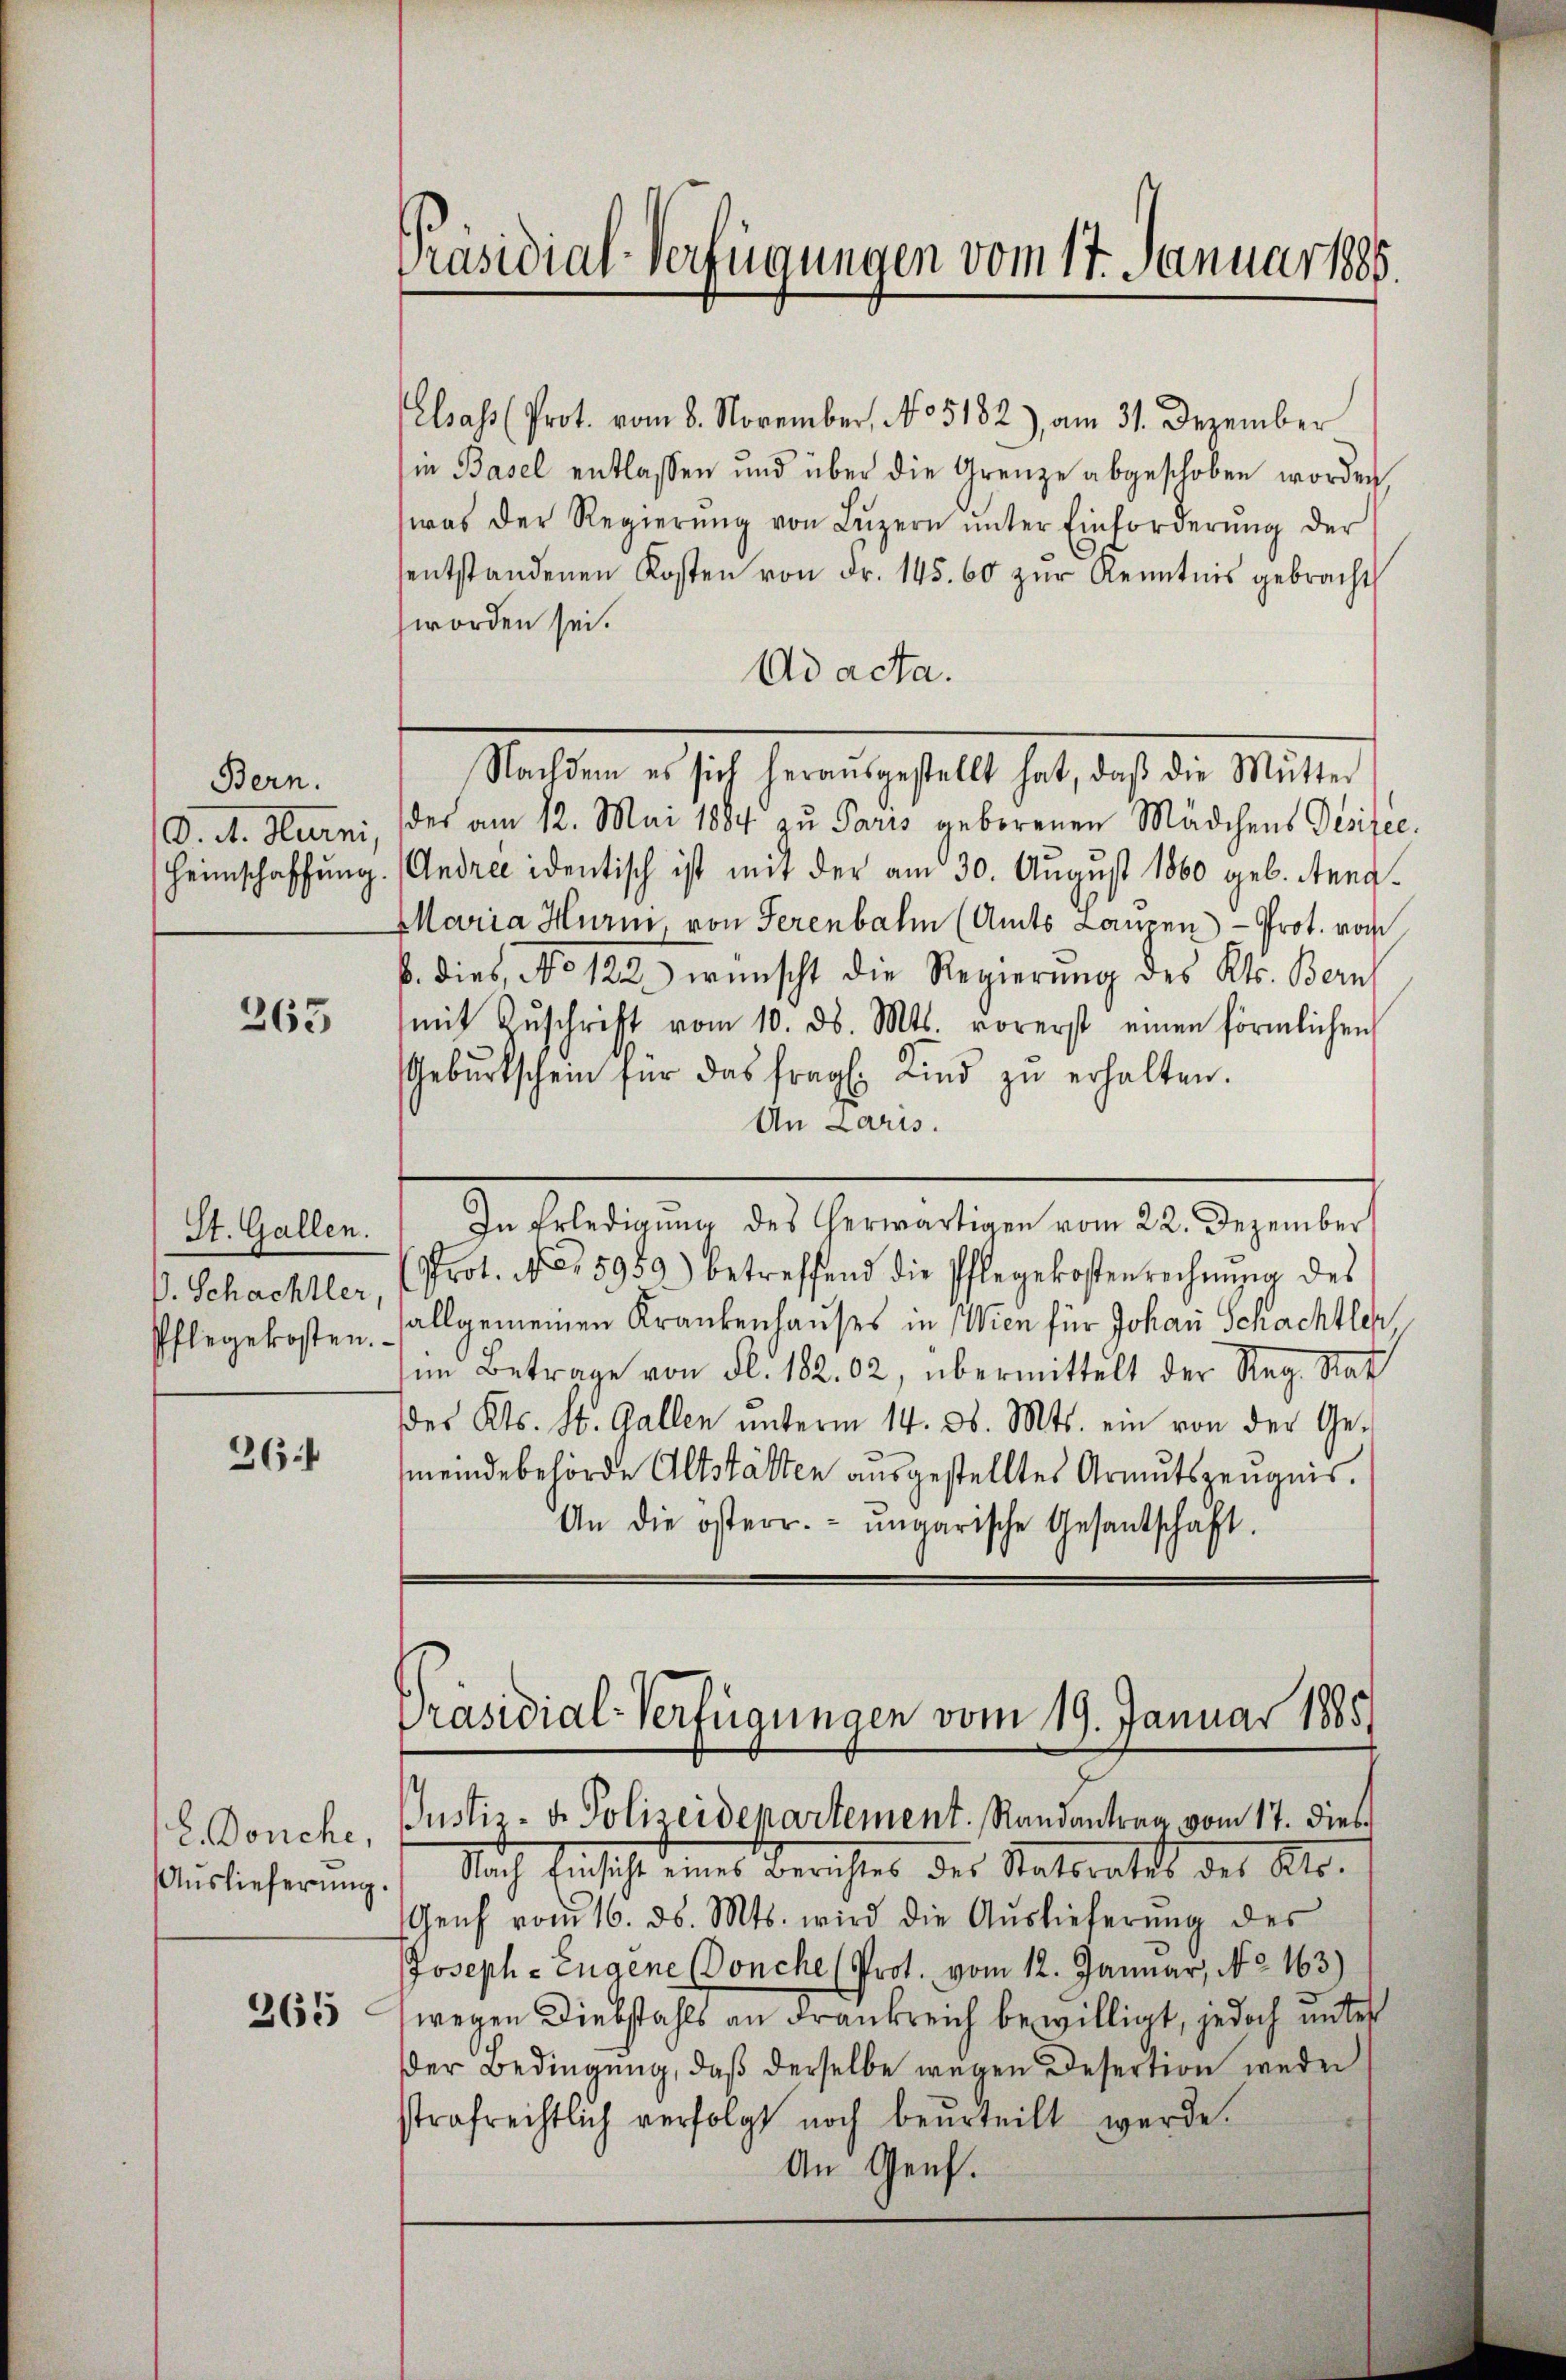
Bern.
Heimschaffung.

265

St. Gallen.
P. Schachtler,
Pflegekosten.

26

E. Donche,
Auslieferŭng.

265

Präsidial-Verfügungen vom 17. Januar 1885.

Elsass (Prot. vom 8. November, No 5182), am 31. Dezember
ie Basel entlassen und über die Grenze abgeschoben worden
was der Regierŭng von Lŭzern ŭnter Einforderŭng der
sentstandenen Kosten von dr. 145. 60 zŭr Kenntnis gebracht
worden sei.
Ad acta.
Nachdem es sich herausgestellt hat, daβ die Mutter
O. A. Hurni, des am 12. Mai 1884 zu Paris geborenen Mädchens Desidee.
Andree identisch ist mit der am 30. August 1860 geb. Anng¬
Maria Hurin, von Serenbahn (Amts Lanzen - Prot. vom
b. dies, No 122.) wünscht die Regierung des Kts. Bern
mit Zŭschrift vom 10. d. Mts. vorerst einen förmlichen
Gebŭrtschein für das fragl. Kind zŭ erhalten.
An Laris.
In Erledigŭng des herwärtigen vom 22. Dezember
Prot. No. 5959.) betreffend die Pflegekostenrechnŭng des
allgemeinen Krankenhauses in Wien für Johann Schachtler
im Betrage von fl. 182. 02, übermittelt der Reg. Rat
des Kts. St. Gallen ŭnterm 14. d. Mts. ein von der Ge-
meindebehörde Altstätten ausgestelltes Armutszeugnis.
An die österr. ungarische Gesantschaft.

Präsidial-Verfügungen vom 19. Januar 1885
Justiz- u. Polizeidepartement. Randantrag vom 17. dies

) Nach Einsiche eines Berichtes des Ratsraths des Ao.
Genf vom 16. ds. Mts. wird die Auslieferŭng des
Joseph-Engene Donche (Prot. vom 12. Januar, No. 163)
wegen Diebstahls an Frankreich bewilligt, jedoch unter
der Bedingung, daß derselbe wegen Desertion weder
strafrechtlich verfolgt noch beurteilt werde.
An Genf.